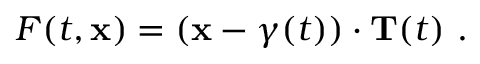
F ( t , { \mathbf { x } } ) = ( { \mathbf { x } } - \gamma ( t ) ) \cdot { \mathbf { T } } ( t ) \ .